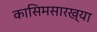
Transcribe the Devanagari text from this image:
कासिमसारख्या